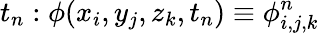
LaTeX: t_{n}:\phi(x_{i},y_{j},z_{k},t_{n})\equiv\phi_{i,j,k}^{n}